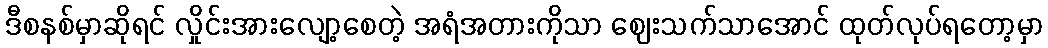
ဒီစနစ်မှာဆိုရင် လှိုင်းအားလျော့စေတဲ့ အရံအတားကိုသာ ဈေးသက်သာအောင် ထုတ်လုပ်ရတော့မှာ